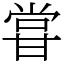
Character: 甞